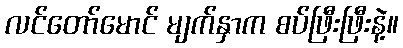
လင်တော်မောင် မျက်နှာက စပ်ဖြီးဖြီးနဲ့။